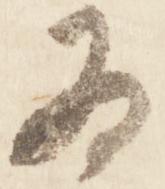
為